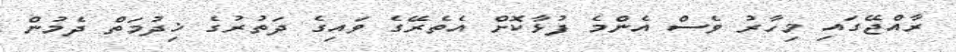
ރާއްޖޭގައި މިހާރު ވެސް އެންމެ ފުޅާކޮށް އެތެރޭގެ ވައިގެ ދަތުރުގެ ޚިދުމަތް ދެމުން